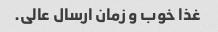
غذا خوب و زمان ارسال عالی.